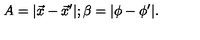
A = | \vec { x } - \vec { x } ^ { \prime } | ; \beta = | \phi - \phi ^ { \prime } | .